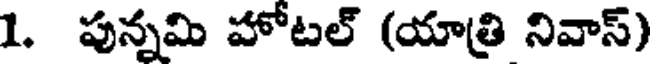
1. పున్నమి హోటల్ (యాత్రి నివాస్)